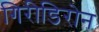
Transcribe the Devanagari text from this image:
गिरीडिरोन